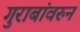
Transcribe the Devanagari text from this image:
गुराबांवरुन